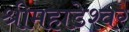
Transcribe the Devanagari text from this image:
श्रीमहाडेश्वर